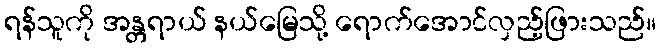
ရန်သူကို အန္တရာယ် နယ်မြေသို့ ရောက်အောင်လှည့်ဖြားသည်။